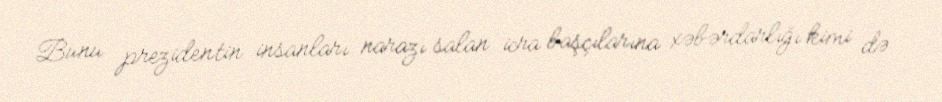
Bunu prezidentin insanları narazı salan icra başçılarına xəbərdarlığı kimi də